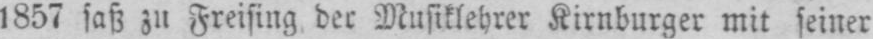
1857 saß zu Freising der Musiklehrer Kirnburger mit seiner